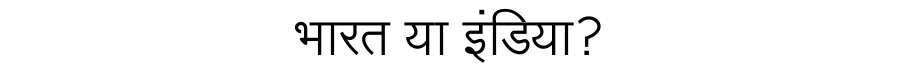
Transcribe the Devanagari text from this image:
भारत या इंडिया?